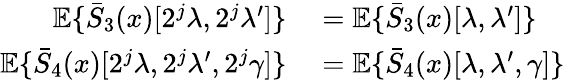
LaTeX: \begin{array}{rl}{{\mathbb E}\{ \bar{S}_{3}(x)[2^{j}\lambda,2^{j}\lambda^{\prime}]\} }&{{}={\mathbb E}\{ \bar{S}_{3}(x)[\lambda,\lambda^{\prime}]\} }\\ {{\mathbb E}\{ \bar{S}_{4}(x)[2^{j}\lambda,2^{j}\lambda^{\prime},2^{j}\gamma]\} }&{{}={\mathbb E}\{ \bar{S}_{4}(x)[\lambda,\lambda^{\prime},\gamma]\} }\end{array}